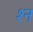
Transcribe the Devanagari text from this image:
श्‍न